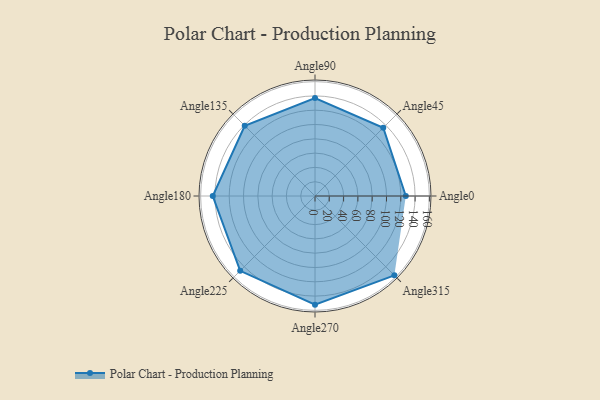
{"axis": {"x": "Angle", "y": "Radius"}, "legend": [""], "data": [{"x": "Angle0", "y": 127.0, "type": ""}, {"x": "Angle45", "y": 135.0, "type": ""}, {"x": "Angle90", "y": 137.0, "type": ""}, {"x": "Angle135", "y": 139.0, "type": ""}, {"x": "Angle180", "y": 143.0, "type": ""}, {"x": "Angle225", "y": 148.0, "type": ""}, {"x": "Angle270", "y": 152.0, "type": ""}, {"x": "Angle315", "y": 157.0, "type": ""}]}